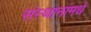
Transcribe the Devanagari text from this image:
संस्थानांमधे